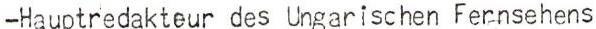
-Hauptredakteur des Ungarischen Fernsehens